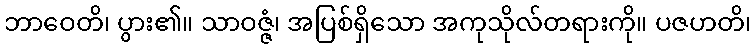
ဘာဝေတိ၊ ပွား၏။ သာဝဇ္ဇံ၊ အပြစ်ရှိသော အကုသိုလ်တရားကို။ ပဇဟတိ၊